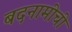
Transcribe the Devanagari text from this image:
बदनामीची